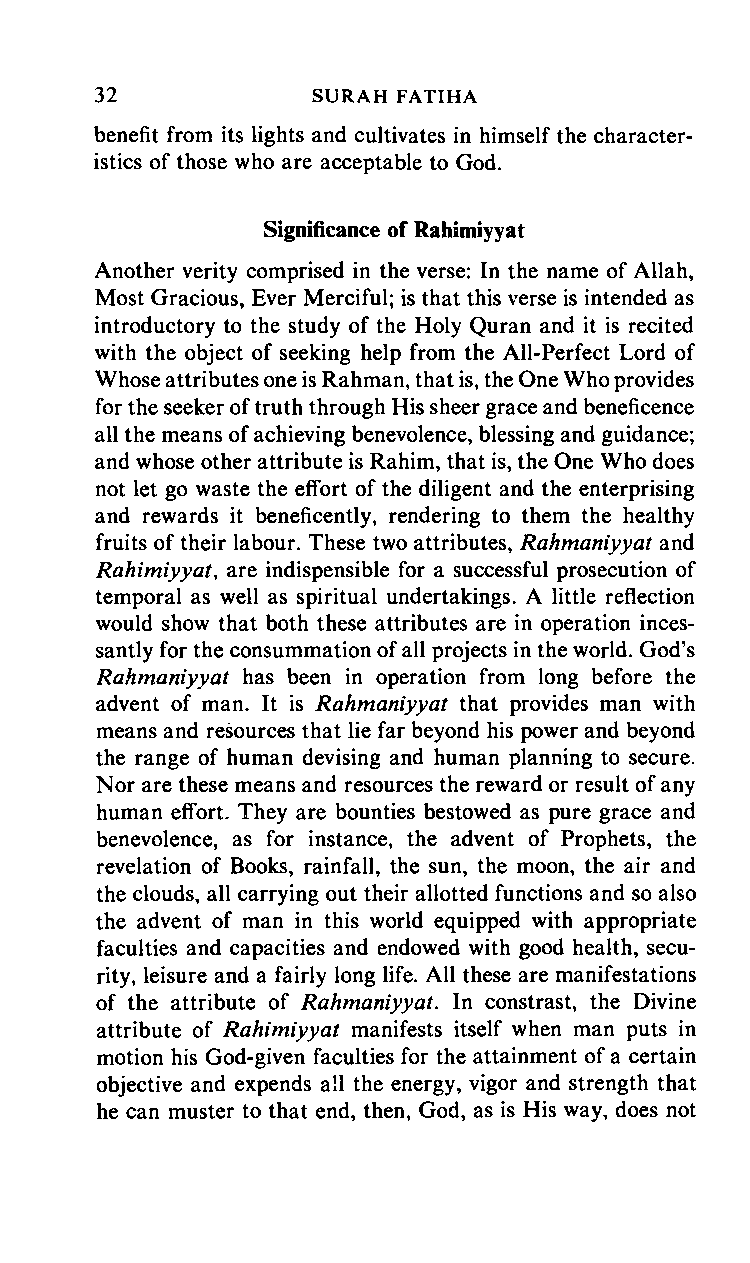
32     SURAH       FATIHA
 benefit from its lights and cultivates in himself the character
 istics of those who are acceptable to God.
 Significance of Rahimiyyat
 Another verity comprised in the verse: In the name of Allah,
 Most Gracious, Ever Merciful; is that this verse is intended as
 introductory to the study of the Holy Quran and it is recited
 with the object of seeking help from the All-Perfect Lord of
 Whose attributes one is Rahman, that is, the One Who provides
 for the seeker of truth through His sheer grace and beneficence
 all the means of achieving benevolence, blessing and guidance;
 and whose other attribute is Rahim, that is, the One Who does
 not let go waste the effort of the diligent and the enterprising
 and rewards it beneficently, rendering to them the healthy
 fruits of their labour. These two attributes, Rahmaniyyat and
 Rahimiyyat, are indispensible for a successful prosecution of
 temporal as well as spiritual undertakings. A little reflection
 would show that both these attributes are in operation inces
 santly for the consummation of all projects in the world. God's
 Rahmaniyyat has been in operation from long before the
 advent of man. It is Rahmaniyyat that provides man with
 means and resources that lie far beyond his power and beyond
 the range of human devising and human planning to secure.
 Nor are these means and resources the reward or result of any
 human effort. They are bounties bestowed as pure grace and
 benevolence, as for instance, the advent of Prophets, the
 revelation of Books, rainfall, the sun, the moon, the air and
 the clouds, all carrying out their allotted functions and so also
 the advent of man in this world equipped with appropriate
 faculties and capacities and endowed with good health, secu
 rity, leisure and a fairly long life. All these are manifestations
 of the attribute of Rahmaniyyat. In constrast, the Divine
 attribute of Rahimiyyat manifests itself when man puts in
 motion his God-given faculties for the attainment of a certain
 objective and expends all the energy, vigor and strength that
 he can muster to that end, then, God, as is His way, does not